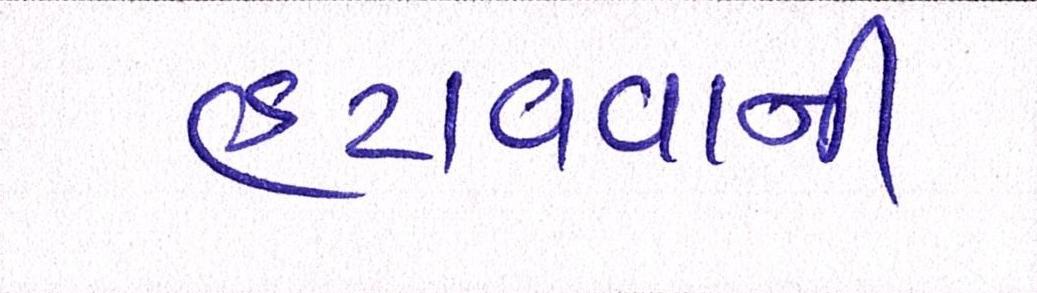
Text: હટાવવાની